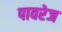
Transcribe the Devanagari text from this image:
पावरेज